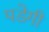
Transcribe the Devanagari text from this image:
पडेगी